Report of the Hyderabad Chloroform Commission
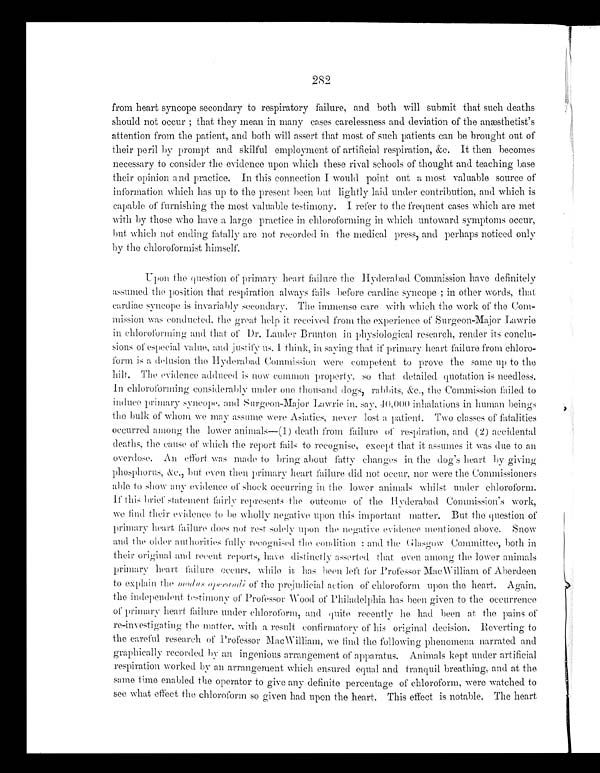
982
from heart syncope secondary to respiratory failure, and both will submit that such deaths
should not occur; that they mean in many cases carelessness and deviation of the anæsthetist's
attention from the patient, and both will assert that most of such patients can be brought. out of
their peril by prompt and skilful employment of artificial respiration, &c. It then becomes
necessary to consider the evidence upon which these rival schools of thought and teaching base
their opinion and practice. In this connection I would point out a most valuable source of
information which has up to the present been but lightly laid under contribution, and which is
capable of furnishing the most valuable testimony. I refer to the frequent cases which are met
with by those who have a large practice in chloroforming in which untoward symptoms occur,
but which not ending fatally are not recorded in the medical press, and perhaps noticed only
by the chloroformist himself.
Upon the question of primary heart failure the Hyderabad Commission have definitely
assumed the position that respiration always fails before cardiac syncope; in other words, that
cardiac syncope is invariably secondary. The immense care with which the work of the Com-
mission was conducted, the great help it received from the experience of Surgeon-Major Lawrie
in chloroforming and that of Dr. Lauder Brunton in physiological research, render its conclu--
sions of especial value, and justify us. I think, in saying that if primary heart failure from chloro--
form is a delusion the Hyderabad Commission were competent to prove the same up to the
hilt. The evidence adduced is now common property, so that detailed quotation is needless.
In chloroforming considerably under one thousand dogs, rabbits, &c., the Commission failed to
induce primary syncope, and Surgeon-Major Lawrie in, say, 40,000 inhalations in human beings
the bulk of whom we may assume were Asiatics, never lost a patient. Two classes of fatalities
occurred among the lower animals—(1) death from failure of respiration, and (2) accidental
deaths, the cause of which the report fails to recognise, except that it assumes it was due to an
overdose. An effort was made to bring about fatty changes in the dog's heart by giving
phosphorus, &c., but even then primary heart failure did not occur, nor were the Commissioners
able to show any evidence of shock occurring in the lower animals whilst under chloroform.
If this brief statement fairly represents the outcome of the Hyderabad Commission's work,
we find their evidence to be wholly negative upon this important matter. But the question of
primary heart failure does not rest solely upon the negative evidence mentioned above. Snow
and the older authorities fully recognised the condition; and the Glasgow Committee, both in
their original and recent reports, have distinctly asserted that even, among the lower animals
primary heart failure occurs, while has been left for Professor MacWilliam of Aberdeen
to explain the modus opperadi of the prejudicial action of chloroform upon the heart. Again,
the independent testimony of Professor Wood of Philadelphia has been given to the occurrence
of primary heart failure under chloroform, and quite recently lie had been at the pains of
re-investigating the matter, with a result confirmatory of' his original decision. Reverting to
the careful research of Professor MacWilliam, we find the following phenomena narrated and
graphically recorded by an ingenious arrangement of apparatus. Animals kept under artificial
respiration worked by an arrangement which ensured equal and tranquil breathing, and at the
same time enabled the operator to give any definitep e r c e n t a g e o f c h l o r o f o r m , w e r e w a t c h e d t o
see what effect the chloroform so given had upon the heart. This effect is notable. The heart